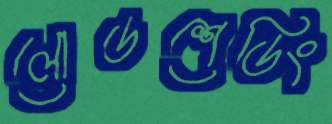
লোডশেডিং